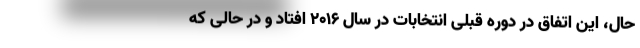
حال، این اتفاق در دوره قبلی انتخابات در سال ۲۰۱۶ افتاد و در حالی که